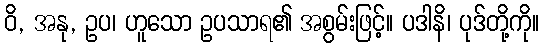
ဝိ, အနု, ဥပ၊ ဟူသော ဥပသာရ၏ အစွမ်းဖြင့်။ ပဒါနိ၊ ပုဒ်တို့ကို။